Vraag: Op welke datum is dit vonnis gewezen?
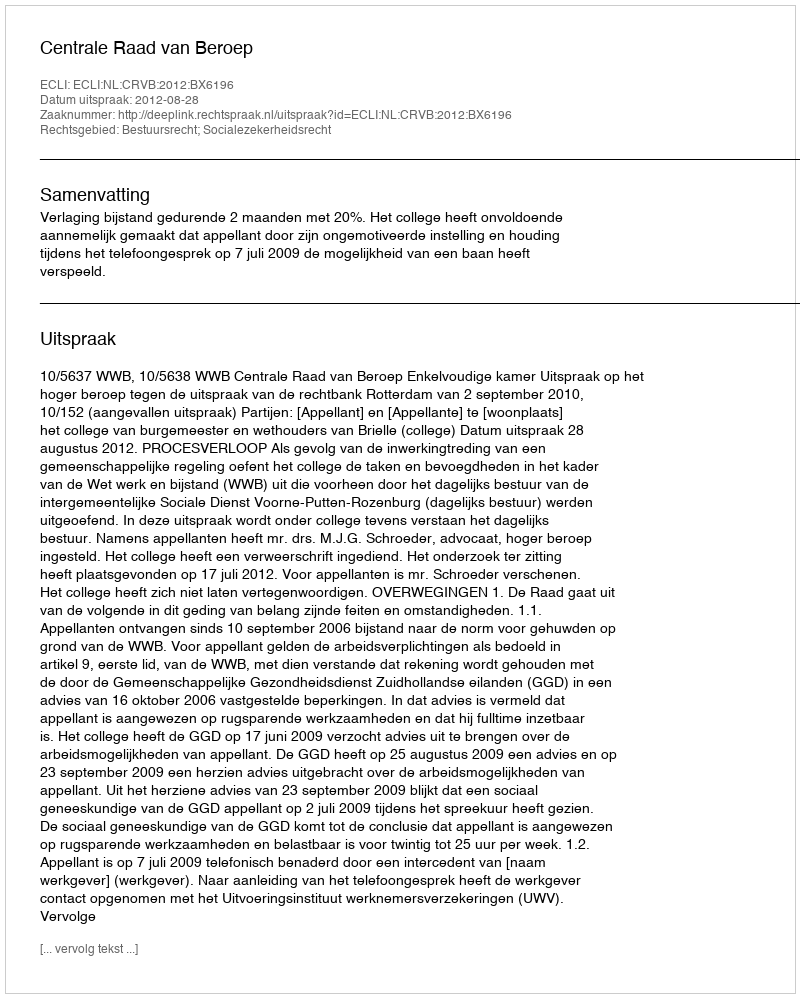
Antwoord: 2012-08-28